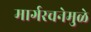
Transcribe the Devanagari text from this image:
मार्गरचनेमुळे